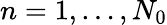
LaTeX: n=1,\dots,N_{0}